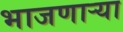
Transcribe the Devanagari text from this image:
भाजणाऱ्या